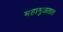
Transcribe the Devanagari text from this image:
महामुळतात